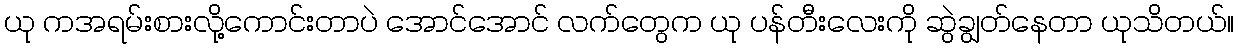
ယု ကအရမ်းစားလို့ကောင်းတာပဲ အောင်အောင် လက်တွေက ယု ပန်တီးလေးကို ဆွဲချွတ်နေတာ ယုသိတယ်။